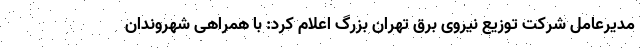
مدیرعامل شرکت توزیع نیروی برق تهران بزرگ اعلام کرد: با همراهی شهروندان